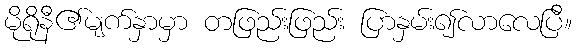
မိုရိုနီ၏မျက်နှာမှာ တဖြည်းဖြည်း ပြာနှမ်း၍လာလေပြီ။